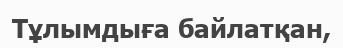
Тұлымдыға байлатқан,